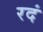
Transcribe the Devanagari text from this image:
रदं